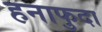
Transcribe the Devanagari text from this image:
हनाफुदा